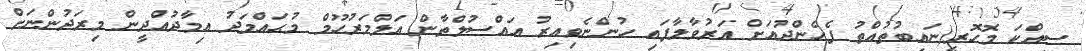
ސިއްކަ މޮހޮރީ(ނައިބުތުއްތު ފެހެންދުއަށް އަރުވާލާފައި ހުންނެވިއިރު އައްސުލްތާން އަލްމަރުހޫމް މުޙައްމަދު އިމާދުއްދީން މިރަދުންނަށް